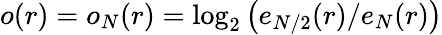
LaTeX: o(r)=o_{N}(r)=\log_{2}\big(e_{N/2}(r)/e_{N}(r)\big)